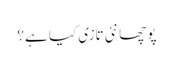
پوچھا نئی تازی کیا ہے؟